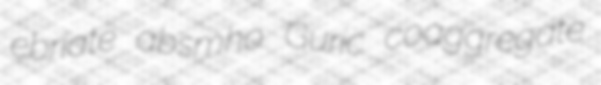
ebriate absmho Guric coaggregate